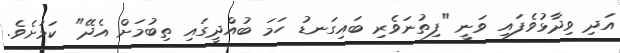
އަދި ވިދާޅުވެފައި ވަނީ "ފިތުނަވެރި ބައިގަނޑު ހަމަ ބުއްދީގައި ތިބުމަށް އެދޭ" ކަމަށެވެ.